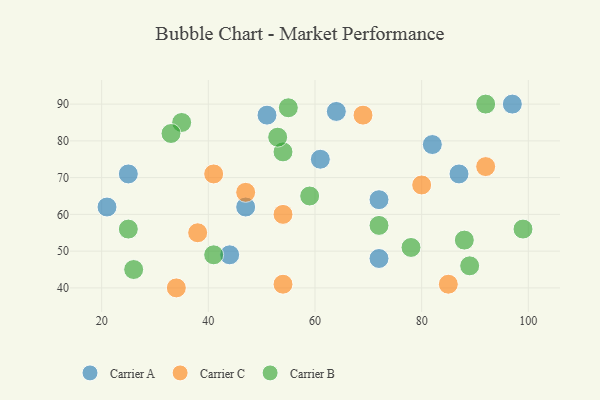
{"axis": {"x": "GDP", "y": "Life Expectancy"}, "legend": ["Carrier A", "Carrier B", "Carrier C"], "data": [{"x": "87", "y": 71, "type": "Carrier A"}, {"x": "97", "y": 90, "type": "Carrier A"}, {"x": "44", "y": 49, "type": "Carrier A"}, {"x": "25", "y": 71, "type": "Carrier A"}, {"x": "72", "y": 48, "type": "Carrier A"}, {"x": "51", "y": 87, "type": "Carrier A"}, {"x": "64", "y": 88, "type": "Carrier A"}, {"x": "47", "y": 62, "type": "Carrier A"}, {"x": "61", "y": 75, "type": "Carrier A"}, {"x": "82", "y": 79, "type": "Carrier A"}, {"x": "72", "y": 64, "type": "Carrier A"}, {"x": "21", "y": 62, "type": "Carrier A"}, {"x": "92", "y": 73, "type": "Carrier C"}, {"x": "80", "y": 68, "type": "Carrier C"}, {"x": "54", "y": 60, "type": "Carrier C"}, {"x": "69", "y": 87, "type": "Carrier C"}, {"x": "54", "y": 41, "type": "Carrier C"}, {"x": "41", "y": 71, "type": "Carrier C"}, {"x": "85", "y": 41, "type": "Carrier C"}, {"x": "47", "y": 66, "type": "Carrier C"}, {"x": "34", "y": 40, "type": "Carrier C"}, {"x": "38", "y": 55, "type": "Carrier C"}, {"x": "88", "y": 53, "type": "Carrier B"}, {"x": "89", "y": 46, "type": "Carrier B"}, {"x": "78", "y": 51, "type": "Carrier B"}, {"x": "59", "y": 65, "type": "Carrier B"}, {"x": "72", "y": 57, "type": "Carrier B"}, {"x": "35", "y": 85, "type": "Carrier B"}, {"x": "54", "y": 77, "type": "Carrier B"}, {"x": "25", "y": 56, "type": "Carrier B"}, {"x": "41", "y": 49, "type": "Carrier B"}, {"x": "55", "y": 89, "type": "Carrier B"}, {"x": "33", "y": 82, "type": "Carrier B"}, {"x": "53", "y": 81, "type": "Carrier B"}, {"x": "99", "y": 56, "type": "Carrier B"}, {"x": "92", "y": 90, "type": "Carrier B"}, {"x": "26", "y": 45, "type": "Carrier B"}]}